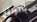
بالواقع